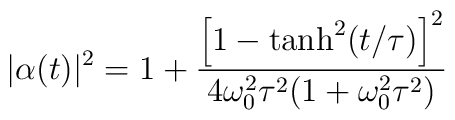
|\alpha(t)|^2=1+\frac{\left[1-\tanh^2(t/\tau)\right]^2}{4\omega_0^2\tau^2(1+\omega_0^2\tau^2)}